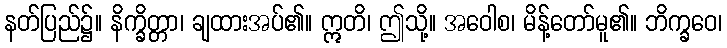
နတ်ပြည်၌။ နိက္ခိတ္တာ၊ ချထားအပ်၏။ ဣတိ၊ ဤသို့။ အဝေါစ၊ မိန့်တော်မူ၏။ ဘိက္ခဝေ၊